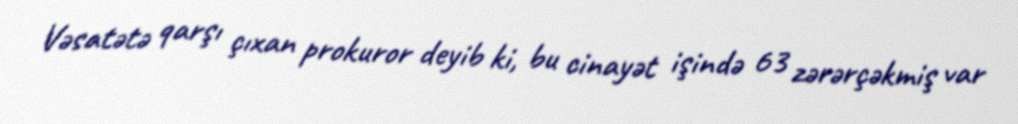
Vəsatətə qarşı çıxan prokuror deyib ki, bu cinayət işində 63 zərərçəkmiş var